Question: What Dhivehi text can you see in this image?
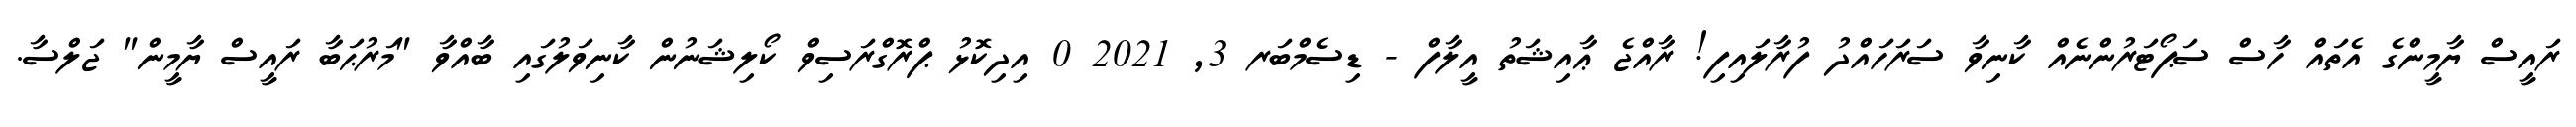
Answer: ރައީސް ޔާމީންގެ އެތައް ހާސް ސަޕޯޓަރުންނެއް ކާނިވާ ސަރަހައްދު ފުރާލައިފި! ރާއްޖެ ޢާއިޝަތު އީލާފް - ޑިސެމްބަރ 3, 2021 0 އިދިކޮޅު ޕްރޮގްރަސިވް ކޯލިޝަނުން ކާނިވަލުގައި ބާއްވާ "މަރުޙަބާ ރައީސް ޔާމީން" ޖަލްސާ.